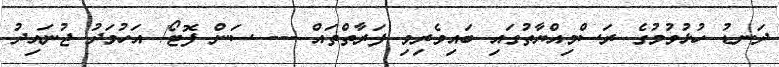
ދަނޑު ހުޅުވުމުގެ ރަސްމިއްޔާތުގައި ބައިވެރިވި ފަރާތްތައް --- ސަން ފޮޓޯ/ އަހުމަދު ޖުނައިދު